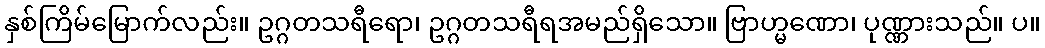
နှစ်ကြိမ်မြောက်လည်း။ ဥဂ္ဂတသရီရော၊ ဥဂ္ဂတသရီရအမည်ရှိသော။ ဗြာဟ္မဏော၊ ပုဏ္ဏားသည်။ ပ။